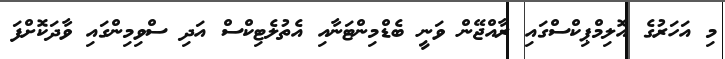
މި އަހަރުގެ އޮލިމްޕިކްސްގައި ރާއްޖޭން ވަނީ ބެޑްމިންޓަނާއި އެތުލެޓިކްސް އަދި ސްވިމިންގައި ވާދަކޮށްފަ